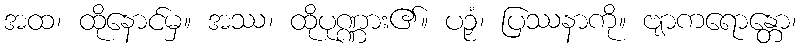
အထ၊ ထိုနောင်မှ။ အဿ၊ ထိုပုဏ္ဏား၏။ ပဉှံ၊ ပြဿနာကို။ ဗျာကရောန္တော၊